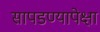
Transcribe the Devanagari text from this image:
सापडण्यापेक्षा